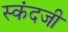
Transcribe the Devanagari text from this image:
स्कंदजी